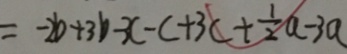
= - 2 b + 3 b - 3 c - c + 3 c + \frac { 1 } { 2 } a - 3 a